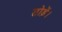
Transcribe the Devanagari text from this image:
तोड़ें।